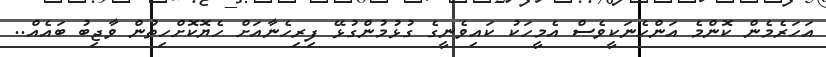
އަހަރެމެން ކޮންމެ އަންހެނަކީވެސް އެމީހަކު ކައިވެނީގެ ގުޅުމުންގުޅޭ ފިރިހެނާއަށް ހެޔޮކޮށްހިތުން ވާޖިބު ބައެއް..